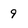
Character: 9